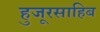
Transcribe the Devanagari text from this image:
हुजूरसाहिब